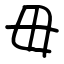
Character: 毋